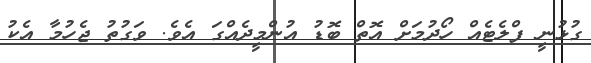
ގުޅުނީ ފްލެޓެއް ހޯދުމަށް އޮތް ބޮޑު އުންމީދެއްގަ އެވެ. ވަގުތު ޖެހުމާ އެކު